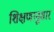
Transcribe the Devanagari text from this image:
शिक्षणानुसार